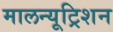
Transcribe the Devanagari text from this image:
मालन्यूट्रिशन